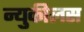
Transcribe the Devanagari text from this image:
न्युकीलस